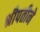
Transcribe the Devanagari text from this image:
श्रीपतीने